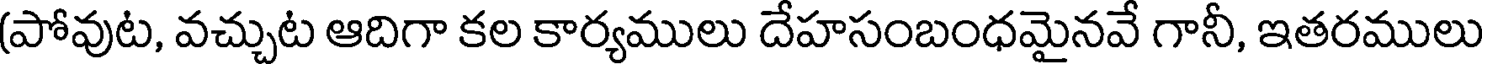
(పోవుట, వచ్చుట ఆదిగా కల కార్యములు దేహసంబంధమైనవే గానీ, ఇతరములు